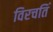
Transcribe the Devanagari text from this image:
विरचतिं